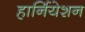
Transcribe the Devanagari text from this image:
हार्नियेशन